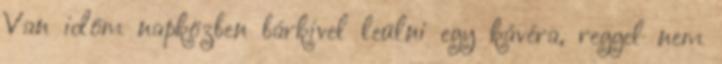
Van időm napközben bárkivel leülni egy kávéra, reggel nem